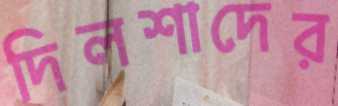
দিলশাদের